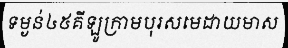
ទម្ងន់៤៥គីឡូក្រាមបុរសមេដាយមាស